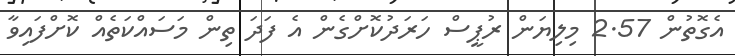
އެގޮތުން 2.57 މިލިޔަން ރުޕީސް ހަރަދުކޮށްގެން އެ ފަދަ ތިން މަސައްކަތެއް ކޮށްފައިވާ